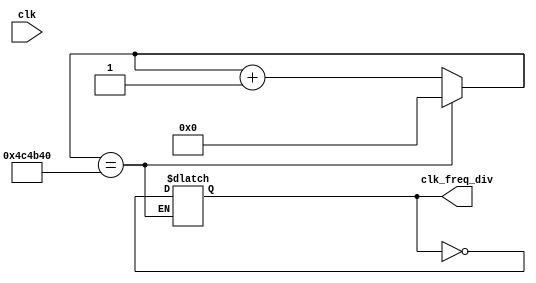
module freq_divider(clk, clk_freq_div);
//clk			50MHz
//clk_freq_div	1Hz

	input   	clk;
	output reg  clk_freq_div;

	reg [30:0]	count;

	always @(clk) begin
		if (count == 'd5000000) begin
            clk_freq_div = ~clk_freq_div;
            count <= 0;
		end
        else    count <= count + 1'b1;
	end

endmodule